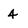
Character: 4